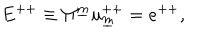
E ^ { + + } \equiv \Pi ^ { \underline { { m } } } u _ { \underline { { m } } } ^ { + + } = e ^ { + + } ,